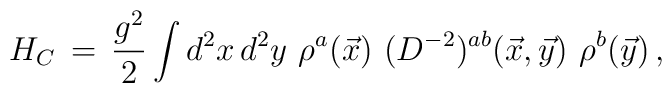
H_C \, = \,  \frac{g^2}{2}  \int d^2x \, d^2y  \,\,    \rho^{a}(\vec{x}) \,\,    ( D^{-2} )^{ab}(\vec{x},\vec{y}) \,\,  \rho^{b}(\vec{y})  \, ,